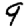
Digit: 9